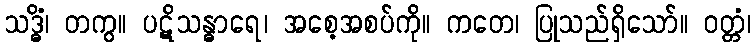
သဒ္ဓိံ၊ တကွ။ ပဋိသန္ဓာရေ၊ အစေ့အစပ်ကို။ ကတေ၊ ပြုသည်ရှိသော်။ ဝတ္တံ၊